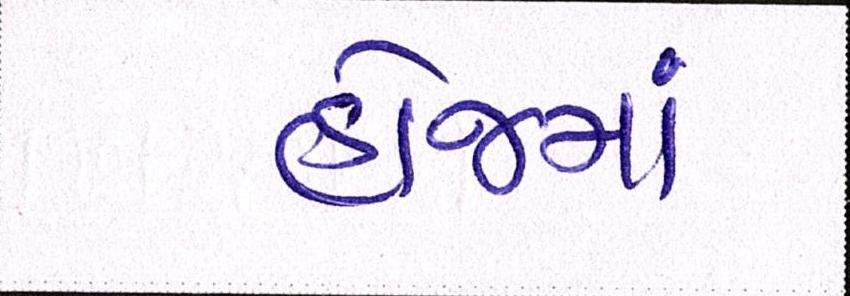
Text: હોજમાં